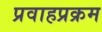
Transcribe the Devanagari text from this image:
प्रवाहप्रक्रम